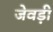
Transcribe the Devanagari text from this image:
जेवड़ी